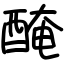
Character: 醃